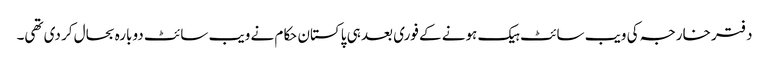
دفتر خارجہ کی ویب سائٹ ہیک ہونے کے فوری بعد ہی پاکستان حکام نے ویب سائٹ دوبارہ بحال کر دی تھی۔